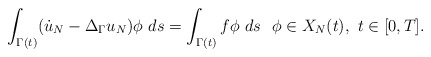
\begin{align*}\int_{\Gamma(t)} (\dot{u}_N -\Delta_{\Gamma} u_N)\phi \, \,d s = \int_{\Gamma(t)} f \phi \, \, d s~~ \phi \in X_N(t), ~t \in [0,T].\end{align*}